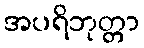
အပရိဘုတ္တာ